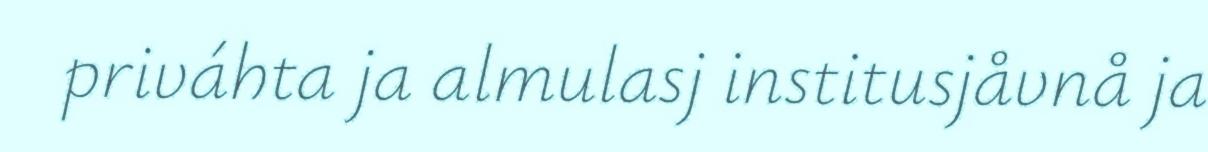
priváhta ja almulasj institusjåvnå ja